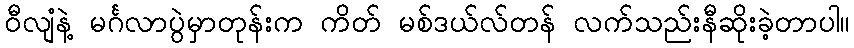
ဝီလျံနဲ့ မင်္ဂလာပွဲမှာတုန်းက ကိတ် မစ်ဒယ်လ်တန် လက်သည်းနီဆိုးခဲ့တာပါ။